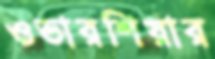
ওভারশিয়ার